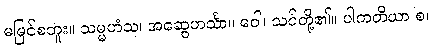
မမြင်စဘူး။ သမ္မဟံသ၊ အဆွေဟင်္သာ။ ဝေါ၊ သင်တို့၏။ ပါကတိယာ စ၊